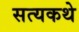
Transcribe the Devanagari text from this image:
सत्यकथे